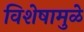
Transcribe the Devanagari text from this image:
विशेषामुळे